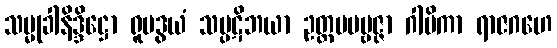
သမ္မုခါနိဒ္ဒိဋ္ဌော ရူပဒွယံ သပ္ပဋိဘယာ ဥတ္တမပဗ္ဗဇ္ဇာ ဂါမိကာ ရာဇဂဟေ